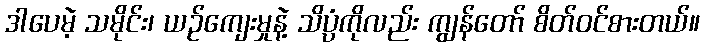
ဒါပေမဲ့ သမိုင်း၊ ယဉ်ကျေးမှုနဲ့ သိပ္ပံကိုလည်း ကျွန်တော် စိတ်ဝင်စားတယ်။